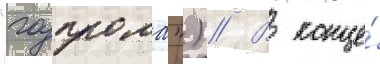
"газпрома") // В конце́